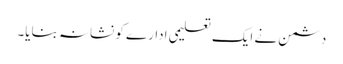
دشمن نے ایک تعلیمی ادارے کو نشانہ بنایا۔